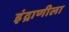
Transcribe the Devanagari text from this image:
इंद्राणीला